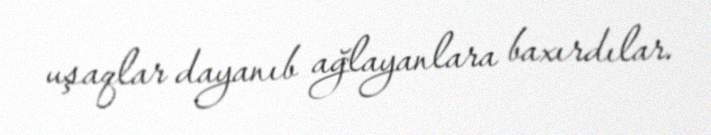
uşaqlar dayanıb ağlayanlara baxırdılar.